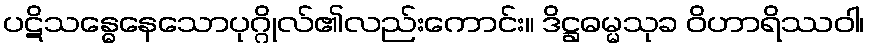
ပဋိသန္ဓေနေသောပုဂ္ဂိုလ်၏လည်းကောင်း။ ဒိဋ္ဌဓမ္မသုခ ဝိဟာရိဿဝါ၊